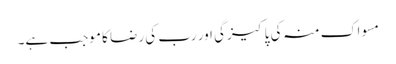
مسواک منہ کی پاکیزگی اور رب کی رضا کا موجب ہے۔